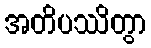
အတိပဿိတွာ